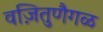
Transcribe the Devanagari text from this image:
वज़ितुणैगळ